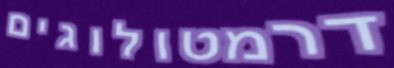
דרמטולוגים